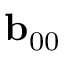
{ \bf { b } } _ { 0 0 }